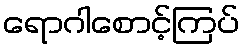
ရောဂါစောင့်ကြပ်